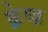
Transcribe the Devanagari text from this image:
क्रेव्ज़